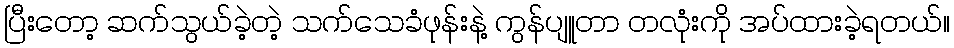
ပြီးတော့ ဆက်သွယ်ခဲ့တဲ့ သက်သေခံဖုန်းနဲ့ ကွန်ပျူတာ တလုံးကို အပ်ထားခဲ့ရတယ်။